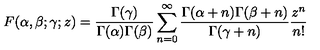
F ( \alpha , \beta ; \gamma ; z ) = \frac { \Gamma ( \gamma ) } { \Gamma ( \alpha ) \Gamma ( \beta ) } \sum _ { n = 0 } ^ { \infty } \frac { \Gamma ( \alpha + n ) \Gamma ( \beta + n ) } { \Gamma ( \gamma + n ) } \frac { z ^ { n } } { n ! }